Annual administration and progress report of the Indian Medical Department, Bombay
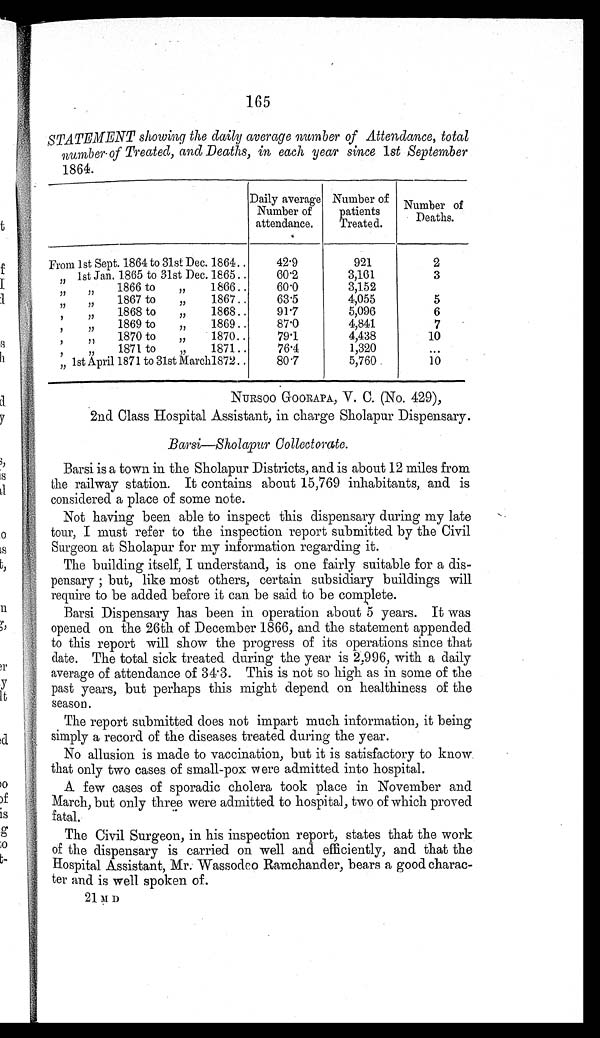
165
STATEMENT showing the daily average number of Attendance, total
number of Treated, and Deaths, in each year since 1st September
1864.
Daily average
Number of
attendance.
Number of
patients
Treated.
Number of
Deaths.
From 1st Sept. 1864th 31st Dec. 1864
42.9
921
2
" 1st Jan. 1865 to 31st Dec. 1865
60.2
3,161
3
" "
1866 to
" 1866
60.0
3,152
" " 1 8 6 7 t o " 1 8 6 7
63.5
4,055
5
" " 1 8 6 8 t o " 1 8 6 8
91.7
5,096
6
" " 1 8 6 9 t o " 1 8 6 9
87.0
4,841
7
" " 1 8 7 0 t o " 1 8 7 0
79.1
4,438
10
" " 1 8 7 1 t o " 1 8 7 1
76.4
1,320
. . .
" 1st April 1871 to 31st March 1872
80.7
5,760
10
N U R S O O G O O R A P A , V . C . ( N O . 4 2 9 ) ,
2nd Class Hospital Assistant, in charge Sholapur Dispensary.
Barsi—Sholapur Collectorate.
Barsi is a town in the Sholapur Districts, and is about 12 miles from
the railway station. It contains about 15,769 inhabitants, and is
considered a place of some note.
Not having been able to inspect this dispensary during my late
tour, I must refer to the inspection report submitted by the Civil
Surgeon at Sholapur for my information regarding it.
The building itself, I understand, is one fairly suitable for a dis-
pensary ; but, like most others, certain subsidiary buildings will
require to be added before it can be said to be complete.
Barsi Dispensary has been in operation about 5 years. It was
opened on the 26th of December 1866, and the statement appended
to this report will show the progress of its operations since that
date. The total sick treated during the year is 2,996, with a daily
average of attendance of 34.3. This is not so high as in some of the
past years, but perhaps this might depend on healthiness of the
season.
The report submitted does not impart much information, it being
simply a record of the diseases treated during the year.
No allusion is made to vaccination, but it is satisfactory to know
that only two cases of small-pox were admitted into hospital.
A few cases of sporadic cholera took place in November and
March, but only three were admitted to hospital, two of which proved
fatal.
The Civil Surgeon, in his inspection report, states that the work
of the dispensary is carried on well and efficiently, and that the
Hospital Assistant, Mr. Wassodeo Ramchander, bears a good charac-
ter and is well spoken of.
2 1 M D